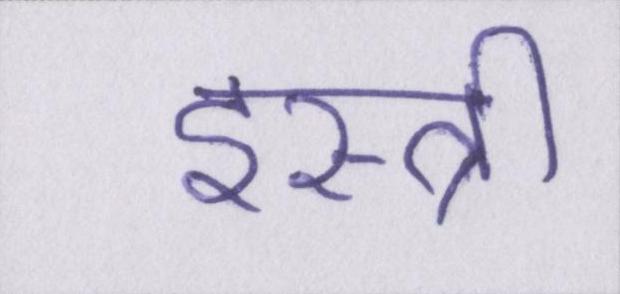
इस्त्री